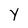
Character: Y